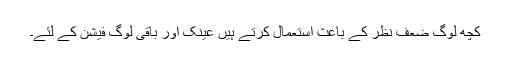
کچھ لوگ ضعف نظر کے باعث استعمال کرتے ہیں عینک اور باقی لوگ فیشن کے لئے۔